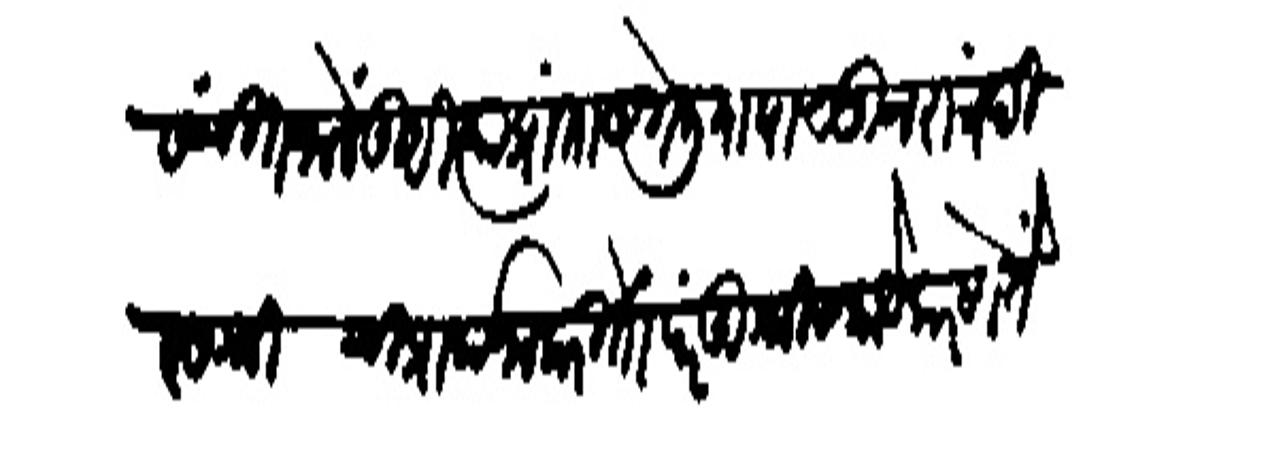
Transliteration (Devanagari): संचित जाले तुम्ही त्या प्रांतास गेलियापासून रात्रंदिवस थी ची प्रारयना करितों परंतु श्रीस काये करणे ते